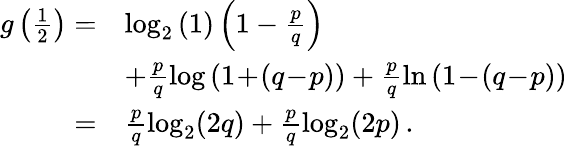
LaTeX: \begin{array}{rl}{g\left(\frac{1}{2}\right)=}&{\log_{2}\left(1\right)\left(1-\frac{p}{q}\right)}\\ &{+\frac{p}{q}\log\left(1\! +\! (q\! -\! p)\right)+\frac{p}{q}\ln\left(1\! -\! (q\! -\! p)\right)}\\ {=}&{\frac{p}{q}\log_{2}(2q)+\frac{p}{q}\log_{2}(2p)\, .}\end{array}